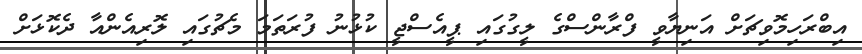
އިބްރަހިމޮވިޗަށް އަނިޔާވީ ފްރާންސްގެ ލީގުގައި ޕީއެސްޖީ ކުޅުނު ފުރަތަމަ މެޗުގައި ލޮރިއެންއާ ދެކޮޅަށް